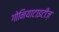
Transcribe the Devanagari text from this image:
गोनियाटाइटीज़